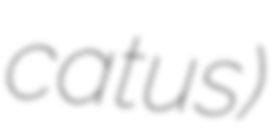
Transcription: catus)